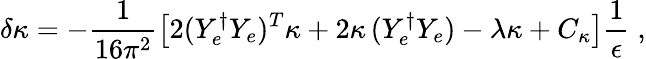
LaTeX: \delta\kappa=-\frac{1}{16\pi^{2}}\left[2(Y_{e}^{\dagger}Y_{e})^{T}\kappa+2\kappa\, (Y_{e}^{\dagger}Y_{e})-\lambda\kappa+C_{\kappa}\right]\frac{1}{\epsilon}\; ,